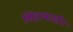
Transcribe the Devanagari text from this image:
शिहाबउद्दीन